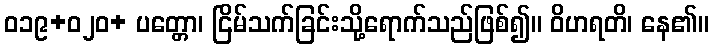
ဝ၁၉+၀၂ဝ+ ပတ္တော၊ ငြိမ်သက်ခြင်းသို့ရောက်သည်ဖြစ်၍။ ဝိဟရတိ၊ နေ၏။